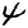
Digit: 4